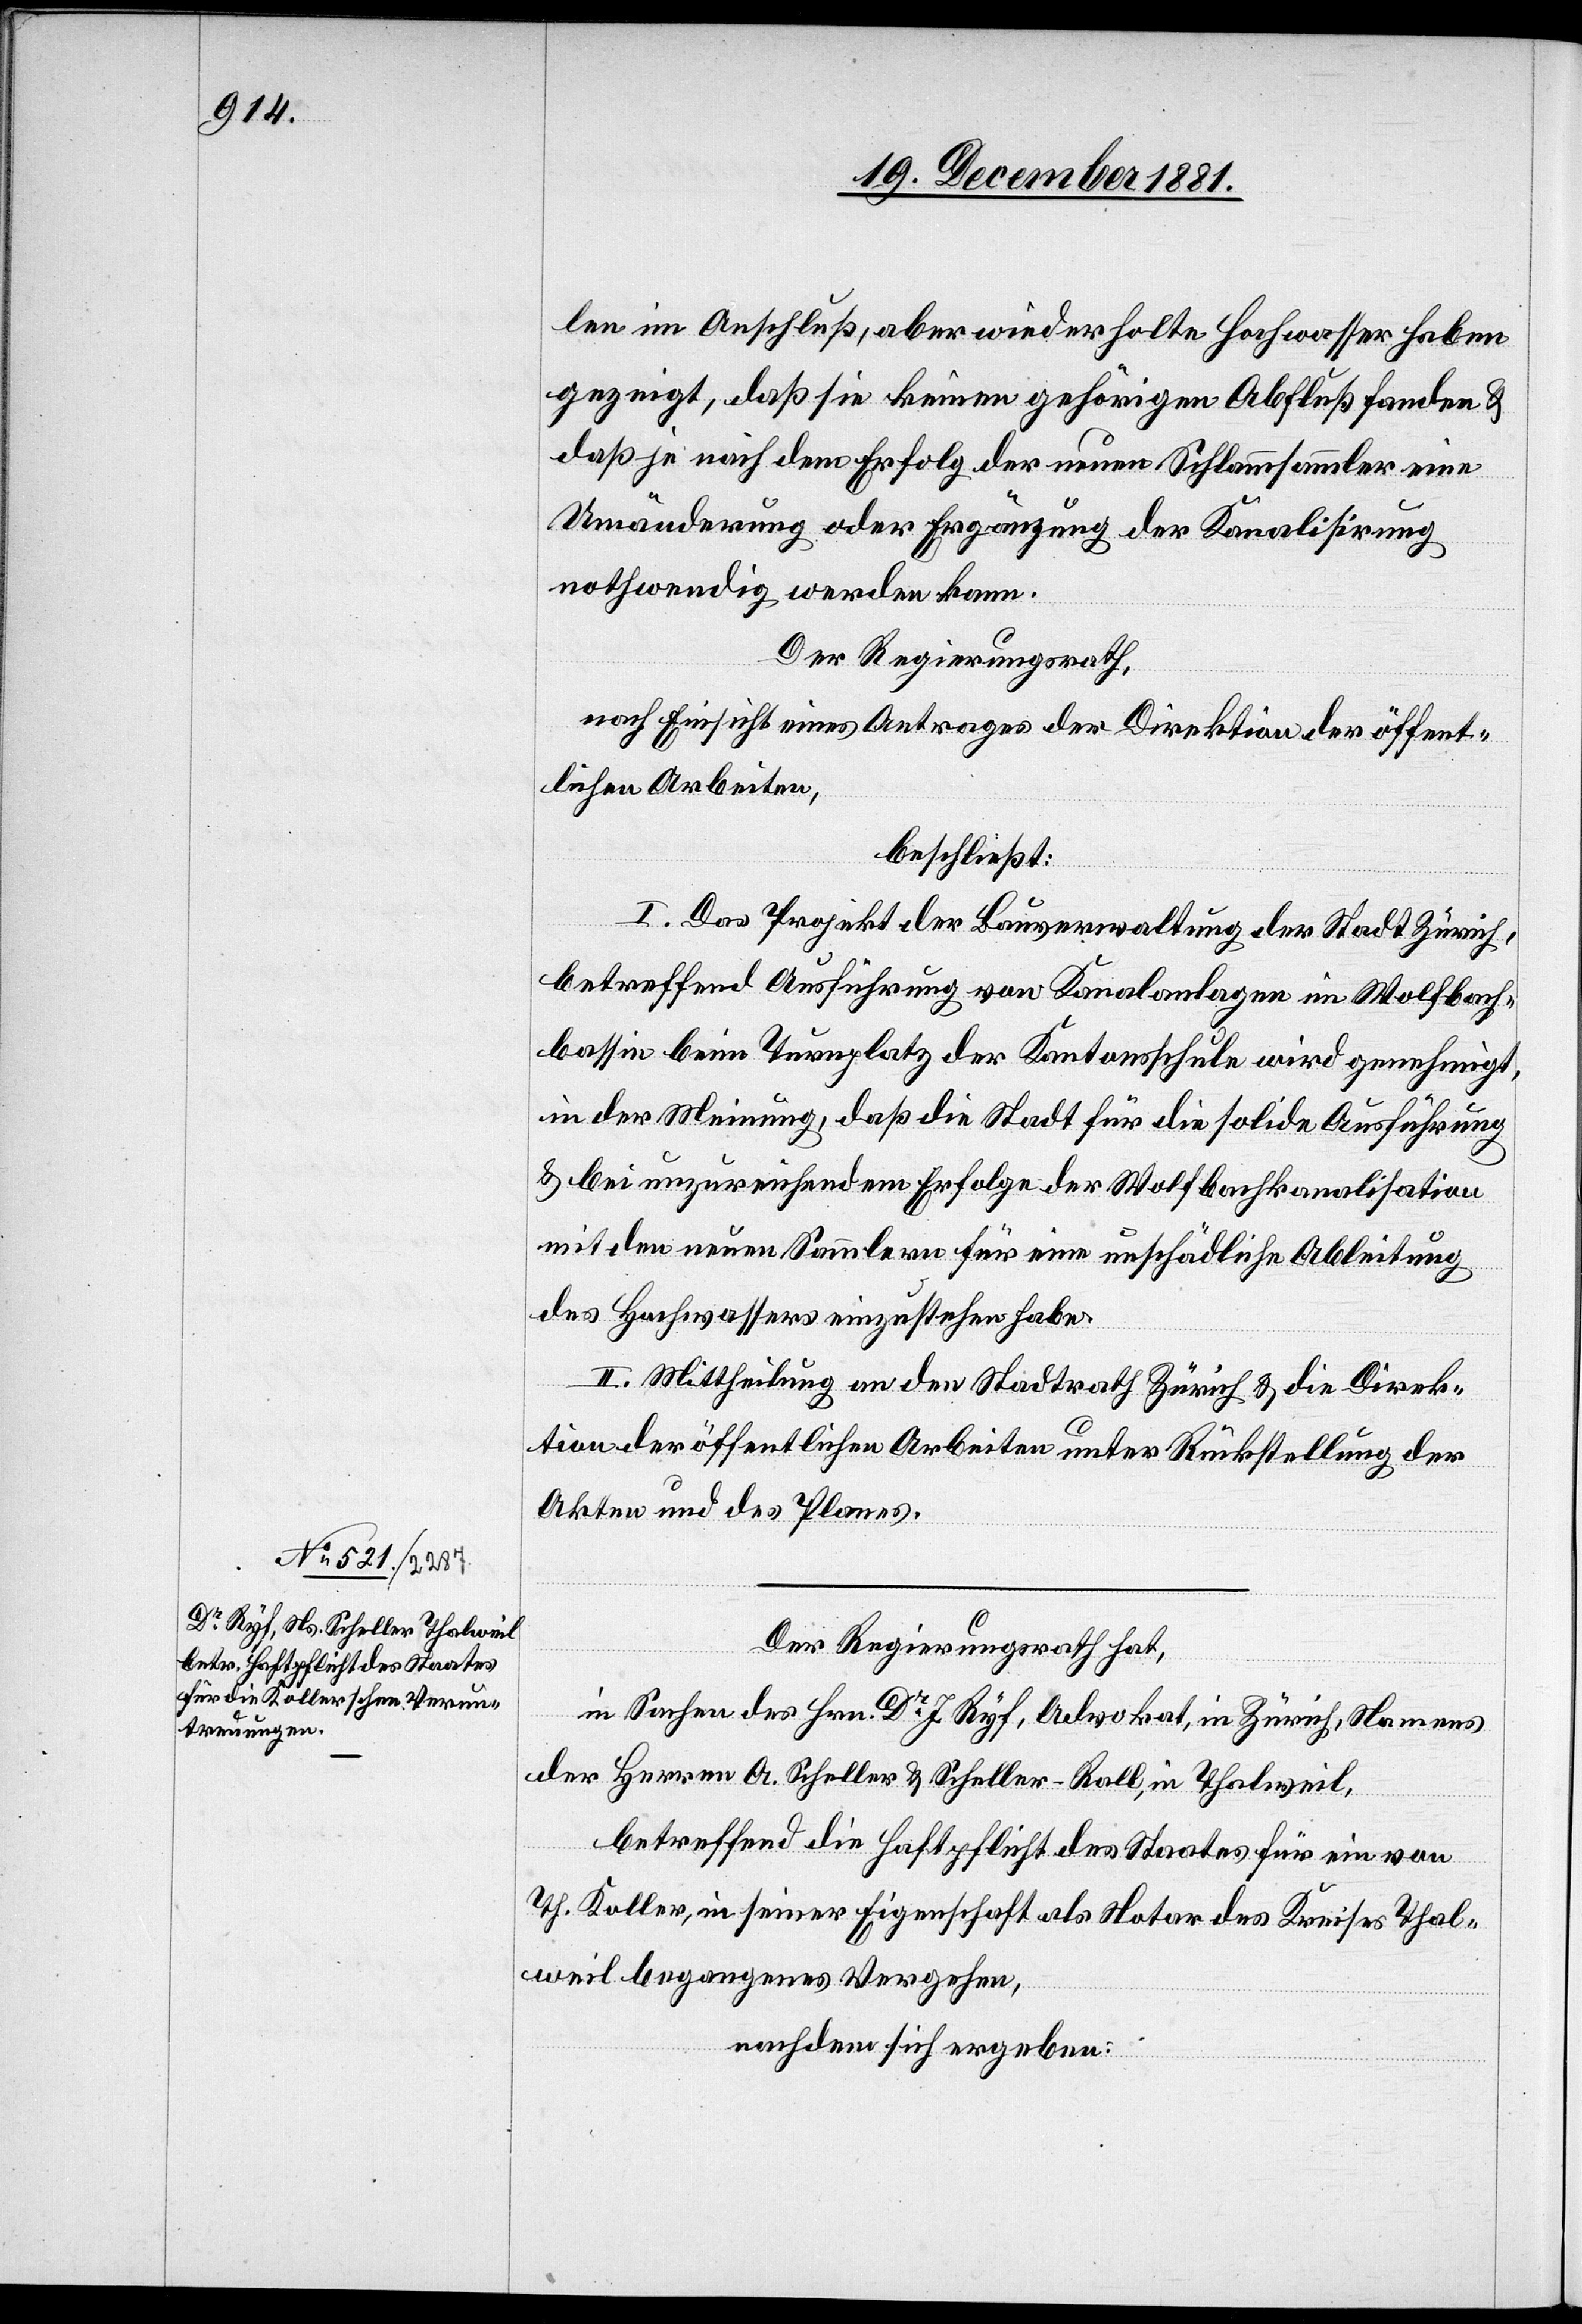
len im Anschluß, aber wiederholte Hochwasser haben
gezeigt, daß sie keinen gehörigen Abfluß fanden &
daß je nach dem Erfolg der neuen Schlammsammler eine
Umänderung oder Ergänzung der Kanalisirung
nothwendig werden kann.
Der Regierungsrath,
nach Einsicht eines Antrages der Direktion der öffent¬
lichen Arbeiten,
beschließt:
I. Das Projekt der Bauverwaltung der Stadt Zürich,
betreffend Ausführung von Kanalanlagen im Wolfbach¬
bassin beim Turnplatz der Kantonsschule wird genehmigt,
in der Meinung, daß die Stadt für die solide Ausführung
& bei unzureichendem Erfolge die Wolfbachkanalisation
mit den neuen Sammlern für eine unschädliche Ableitung
des Hochwassers einzustehen habe.
II. Mittheilung an den Stadtrath Zürich & die Direk¬
tion der öffentlichen Arbeiten unter Rückstellung der
Akten und des Planes.
Der Regierungsrath hat,
in Sachen des Hrn. Dr. J. Ryf, Advokat, in Zürich, Namens
der Herren A. Scheller & Scheller-Roll, in Thalweil,
betreffend die Haftpflicht des Staates für eine von
Th. Koller, in seiner Eigenschaft als Notar des Kreises Thal¬
weil begangenes Vergehen,
nachdem sich ergeben: